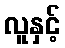
လူနှင့်